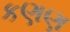
કણણ